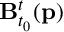
\mathbf { B } _ { t _ { 0 } } ^ { t } ( \mathbf { p } )